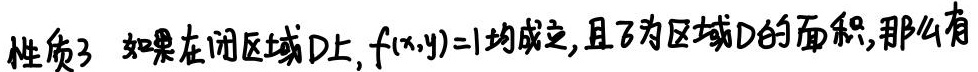
性质3 如果在闭区域D上，$f(x,y)=1$均成立，且$\sigma$为区域D的面积，那么有